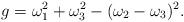
LaTeX: \begin{align*}g = \omega^{2}_{1} + \omega^{2}_{3} -(\omega_{2} - \omega_{3})^{2}.\end{align*}